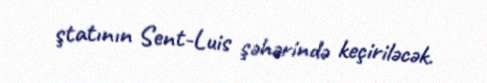
ştatının Sent-Luis şəhərində keçiriləcək.